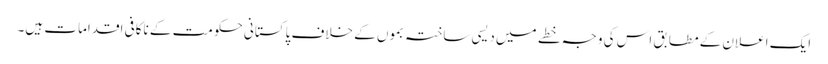
ایک اعلان کے مطابق اس کی وجہ خطے میں دیسی ساختہ بموں کے خلاف پاکستانی حکومت کے ناکافی اقدامات ہیں۔